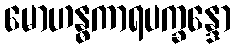
မောဟန္ဓကာရပက္ခန္ဒော